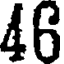
46